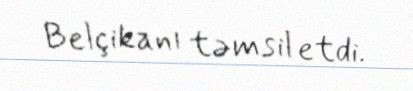
Belçikanı təmsil etdi.